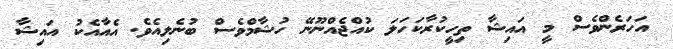
އަހަރެންވެސް މީ އައިޝާ ތިހީކުރާކަހަލަ ކުއްޖެއްނޫނޭ ހުޝާމްވެސް ބުނެލިއެވެ. އެއާއެކު އައިޝާ